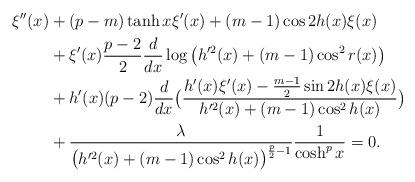
LaTeX: \begin{align*}\xi''(x)&+(p-m)\tanh x \xi'(x)+(m-1)\cos 2h(x)\xi(x) \\ &+\xi'(x)\frac{p-2}{2}\frac{d}{dx}\log\big(h'^2(x)+(m-1)\cos^2r(x)\big) \\ &+h'(x)(p-2)\frac{d}{dx}\big(\frac{h'(x)\xi'(x)-\frac{m-1}{2}\sin 2h(x)\xi(x)}{h'^2(x)+(m-1)\cos^2h(x)}\big) \\&+\frac{\lambda}{\big(h'^2(x)+(m-1)\cos^2h(x)\big)^{\frac{p}{2}-1}}\frac{1}{\cosh^px}=0.\end{align*}